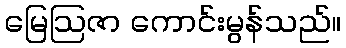
မြေဩဇာ ကောင်းမွန်သည်။